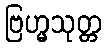
ဗြဟ္မသုတ္တ